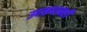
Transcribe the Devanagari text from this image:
उदकपानही